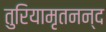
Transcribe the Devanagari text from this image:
तुरियामृतनन्द